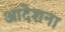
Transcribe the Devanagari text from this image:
आदेशना